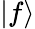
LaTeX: \left|f\right>